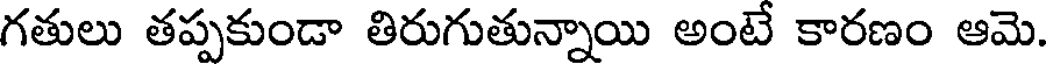
గతులు తప్పకుండా తిరుగుతున్నాయి అంటే కారణం ఆమె.